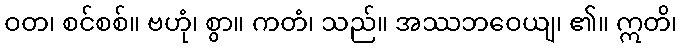
ဝတ၊ စင်စစ်။ ဗဟုံ၊ စွာ။ ကတံ၊ သည်။ အဿဘဝေယျ၊ ၏။ ဣတိ၊